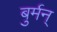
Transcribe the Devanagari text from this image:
बुर्मन्